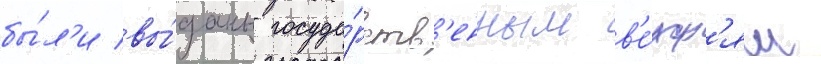
бы́л'и вы́даны госуда́рств'енным в'е́рф'ям